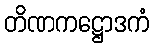
တိဏကဋ္ဌောဒကံ